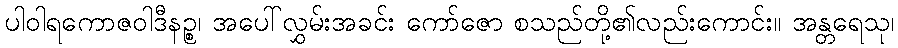
ပါဝါရကောဇဝါဒီနဉ္စ၊ အပေါ်လွှမ်းအခင်း ကော်ဇော စသည်တို့၏လည်းကောင်း။ အန္တရေသု၊